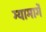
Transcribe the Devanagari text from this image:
ग्यामार्गे